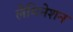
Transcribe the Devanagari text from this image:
लैमिनेशन